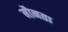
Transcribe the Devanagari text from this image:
मौनता